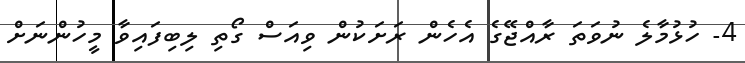
4- ހުޅުމާލެ ނުވަތަ ރާއްޖޭގެ އެހެން ރަށަކުން ވިއަސް ގޯތި ލިބިފައިވާ މީހުންނަށް